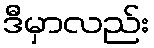
ဒီမှာလည်း